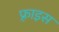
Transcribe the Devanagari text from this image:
फ़्राइस